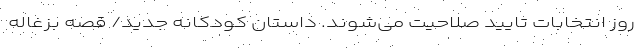
روز انتخابات تایید صلاحیت می‌شوند. داستان کودکانه جدید/ قصه بزغاله